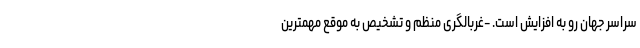
سراسر جهان رو به افزایش است. -غربالگری منظم و تشخیص به موقع مهمترین